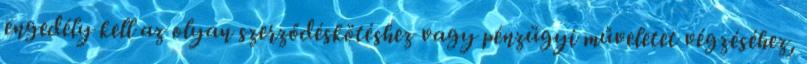
engedély kell az olyan szerződéskötéshez vagy pénzügyi műveletet végzéséhez,